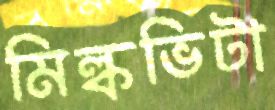
মিল্কভিটা